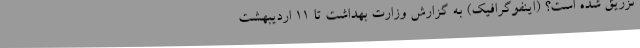
تزریق شده است؟ (اینفوگرافیک) به گزارش وزارت بهداشت تا ۱۱ اردیبهشت